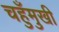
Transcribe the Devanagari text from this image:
चहुँमुखी